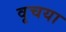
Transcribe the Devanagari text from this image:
वृचया